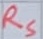
Text: RS